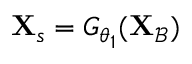
\mathbf { X } _ { s } = G _ { \theta _ { 1 } } ( \mathbf { X } _ { \mathcal { B } } )